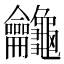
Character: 𪛕